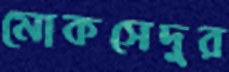
মোকসেদুর